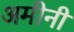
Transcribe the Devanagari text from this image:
अमीनी